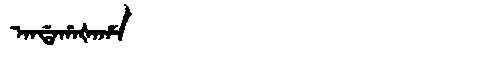
Manchu: ᠠᠨᡩᠠᡥᠠᡧᠠᡥᠠ
Romanization: ANDAHAŠAHA